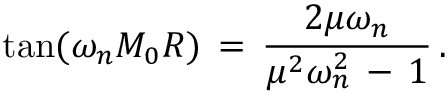
\tan ( \omega _ { n } M _ { 0 } R ) \, = \, \frac { 2 \mu \omega _ { n } } { \mu ^ { 2 } \omega _ { n } ^ { 2 } \, - \, 1 } \, { . }